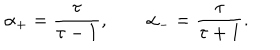
LaTeX: \alpha _ { + } = { \frac { \tau } { \tau - 1 } } , \qquad \alpha _ { - } = { \frac { \tau } { \tau + 1 } } .